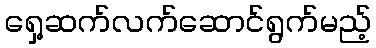
ရှေ့ဆက်လက်ဆောင်ရွက်မည့်